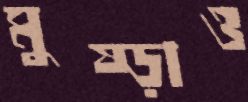
মুষ্‌ড়াও